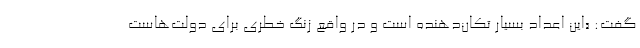
گفت: «این اعداد بسیار تکان‌دهنده است و در واقع زنگ خطری برای دولت‌هاست